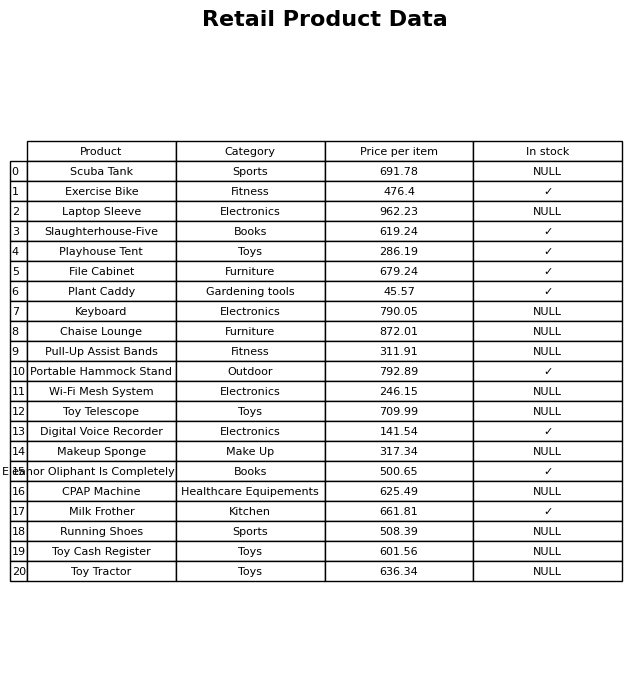
question: What is the price for Toy Cash Register?
answer: The price of Toy Cash Register is 601.56.